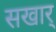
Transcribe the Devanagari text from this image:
सखार्